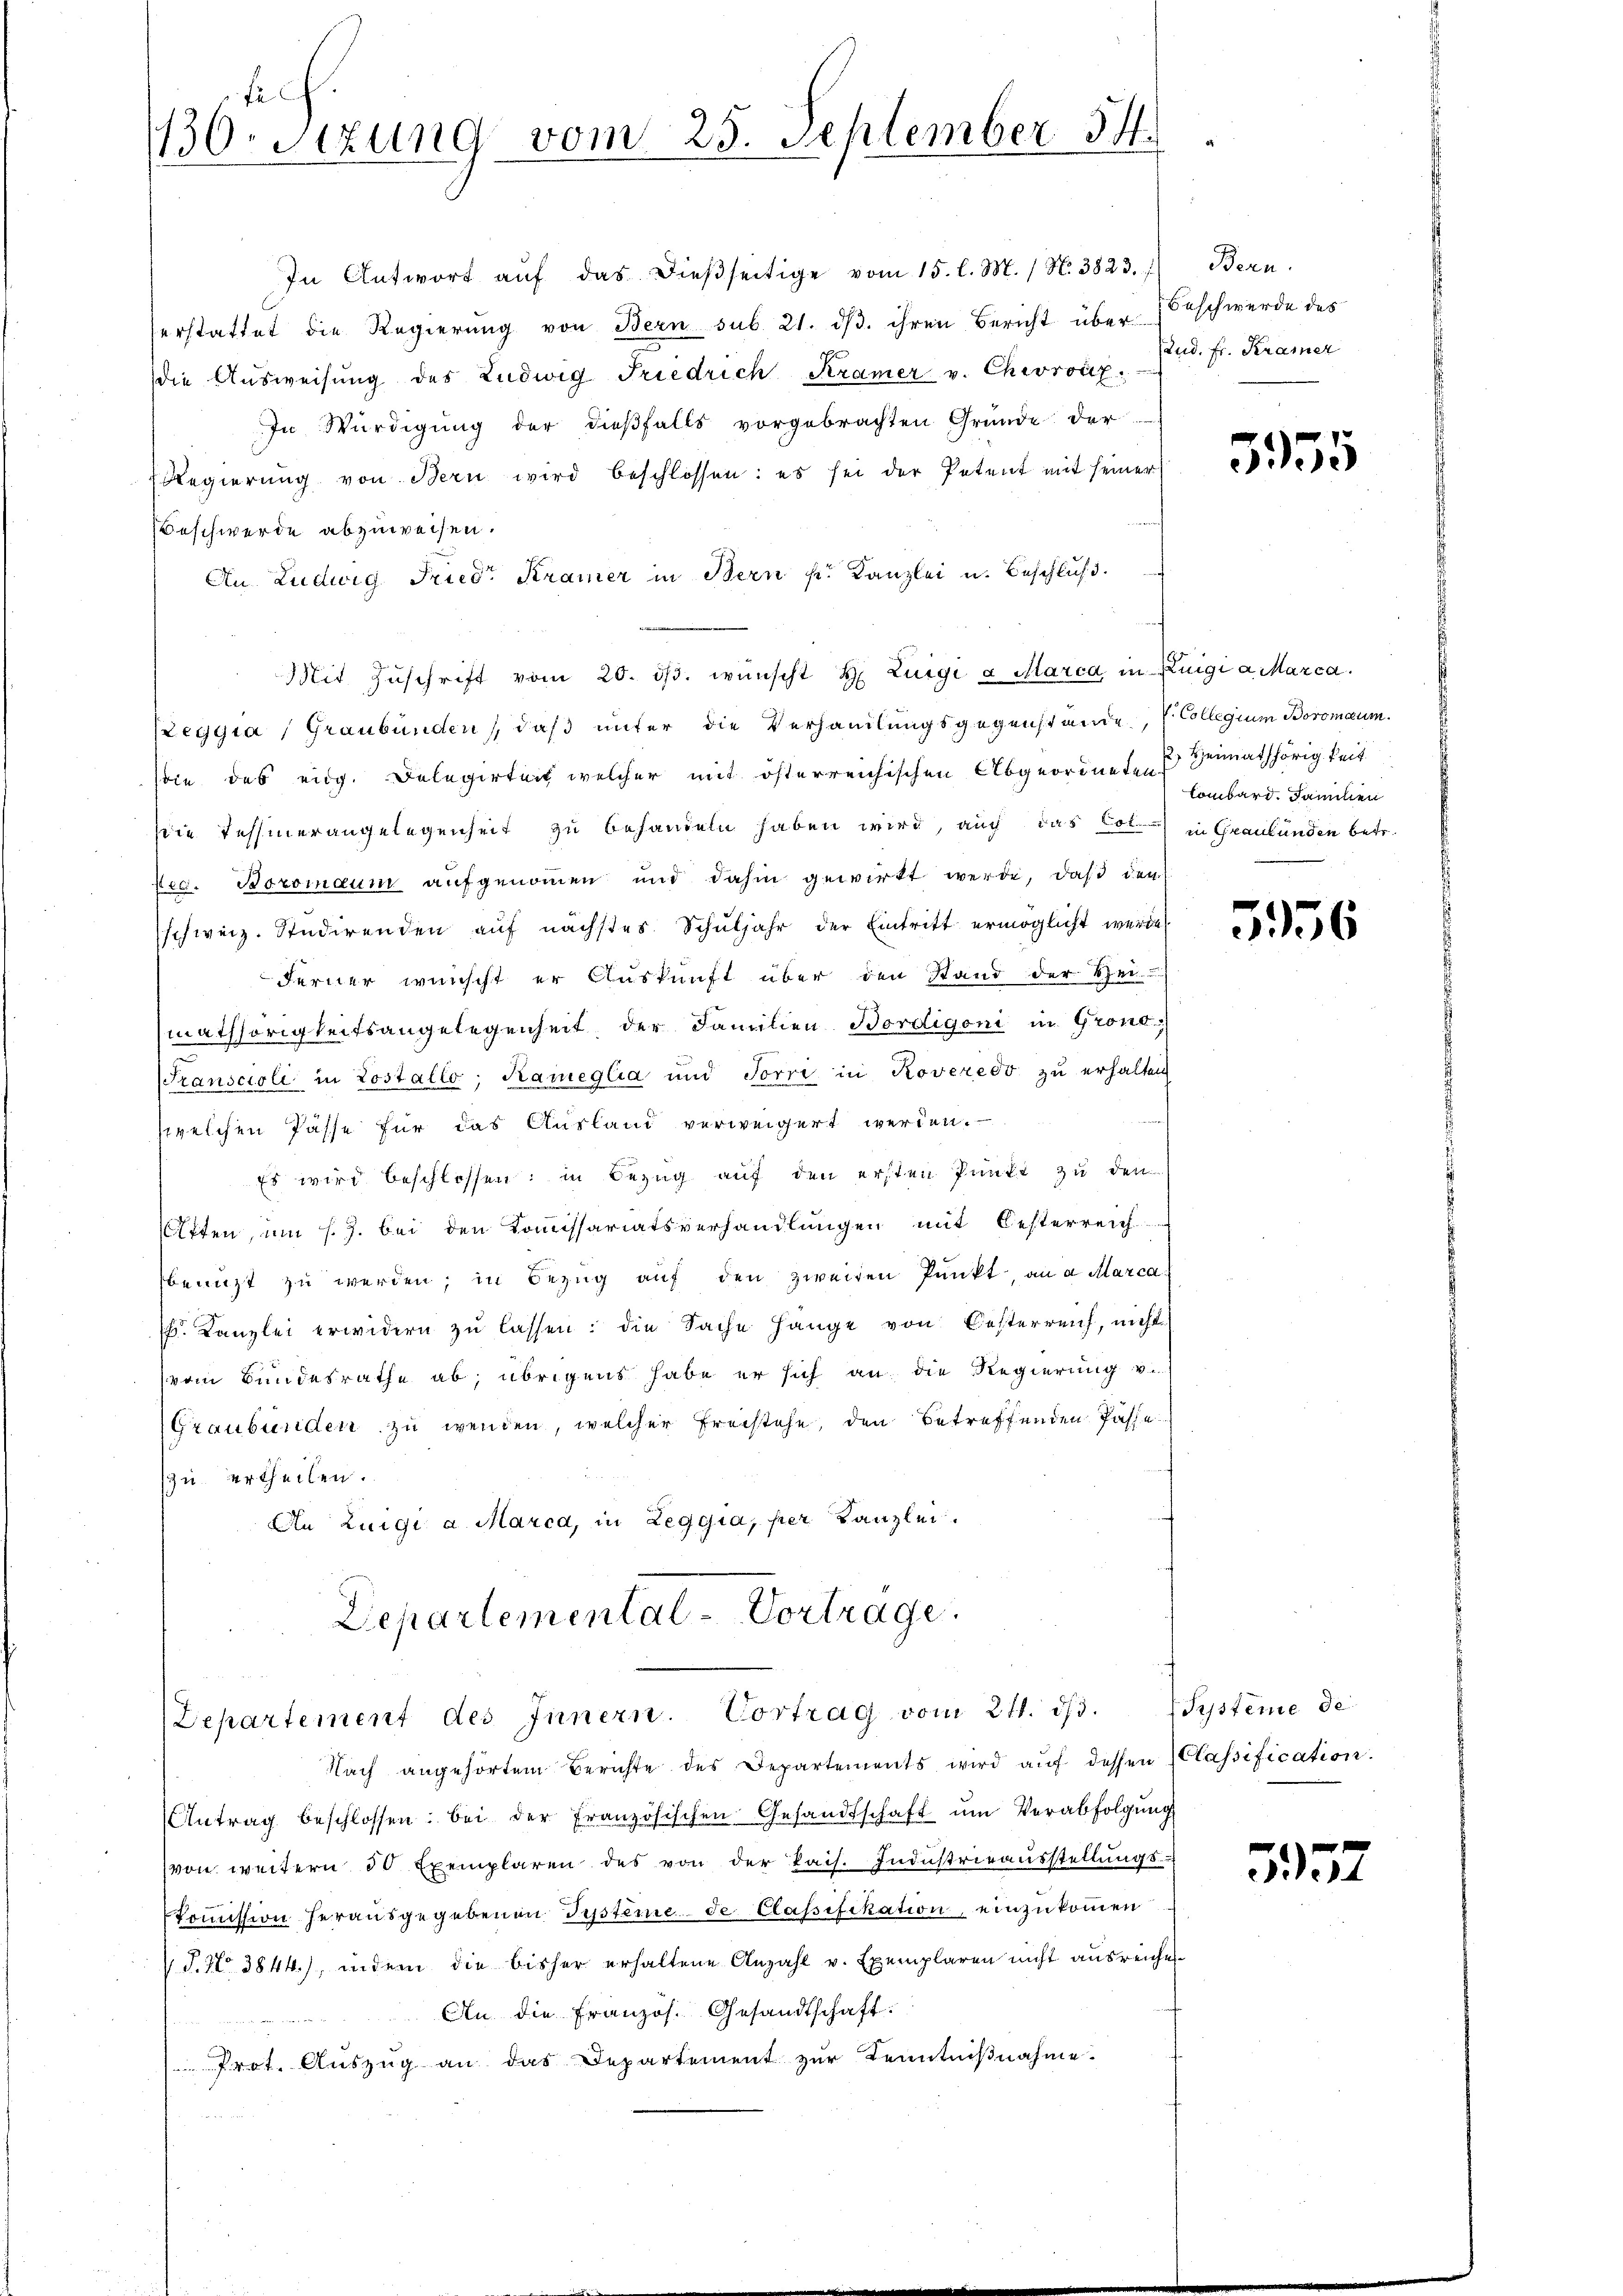
1130 etzung vom 25. September 14.

In Antwort aŭf das dießseitige vom 15. l. M. / N. 3823.
serstattet die Regierung von Bern sub. 21. dβ. ihren Bericht über Beschwerde des
die Aŭsweisŭng des Ludwig Friedrich Kramer v. Chiroicz
In Würdigung der dießfalls vorgebrachten Gründe der
Regierŭng von Bern wird beschlossen: es sei der Petent mit seiner
Beschwerde abzuweisen.
An Ludwig Friedr Kramer in Bern s. Kanzlei u. Beschluß.
Mit Zŭschrift vom 20. dβ. wünscht H. Luigi a Marca in Zuigi a Marca.
ELeggia, Graubünden, daß unter die Verhandlungsgegenstände, s. Collegium Boromaum.
soin das eidg. Delegirtert welcher mit österreichischen Abgeordneten Heimathörigkeit
die Tessinerangelegenheit zu behandeln haben wird, auch das Col. in Graubünden betr.
Nea. Boromaum aufgenommen und dahin gewirkt werde, daß den
schweiz. Studirenden auf nächstes Schuljahr der Eintritt ermöglicht werde
Ferner wünscht er Auskunft über den Stand der Sei-
mathörigkeitsangelegenheit, der Familien Bordigoni in Grono
STranscioli in Lostallo; Rameglia und Torri in Roveredo zu erhalten
welchen Pässe für das Ausland verweigert werden.
Es wird beschlossen; in Bezug auf den ersten Punkt zu den
iften, um s.Z. bei den Kommissariatsverhandlungen mit Oesterreich
benuzt zu werden; in Bezug auf den zweiten Punkt, an a Marca
. Kanzlei erwidern zŭ lassen: die Sache hänge von Oesterreich, nicht
vem Bundesrathe ab, übrigens habe er sich an die Regierung v
Graubünden zu wenden, welcher Frachtehe, den betreffenden Pässe
szu ertheilen.
An Luigi a Marca, in Leggia, per Kanzlei.
Departemental-Vortrage.

Departement des Innern. Vortrag vom 24. dβ.

Nach angehörtem Berichte des Departements wird aŭf dessen Classification.
Antrag beschlossen: bei der Französischen Gesandtschaft ŭm Verabfolgŭng
von weitern 50 Exemplaren des von der kais. Industrieausstellungs¬
Kommission herausgegebenen Systeme de Classifikation, einzukommen
 J. No 3844.), indem die bisher erhaltene Anzahl v. Exemplaren nicht ausreiche
An die Französ. Gesandtschaft:
Prot. Auszug an das Departement zur Kenntnißnahme.

Bern.
stud. Fr. Kramer

5955

Combard. Familien

5156

Systeme de

557